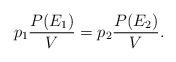
LaTeX: \begin{align*}p_1 \frac{P(E_1)}{V} = p_2 \frac{P(E_2)}{V}.\end{align*}